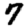
Digit: 7